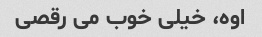
اوه، خیلی خوب می رقصی